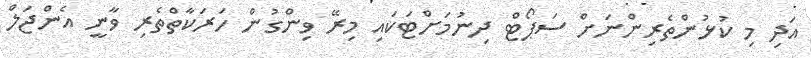
އަދި މި ކުޅުންތެރިންނަށް ސަޕޯޓް ދިނުމަށްޓަކައި މިރޭ ވިންގުން ހަރަކާތްތެރި ވާނީ އެންޖަލް